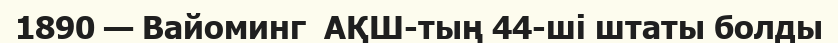
1890 — Вайоминг  АҚШ-тың 44-ші штаты болды